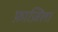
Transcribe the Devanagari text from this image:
फ़ाज़िला